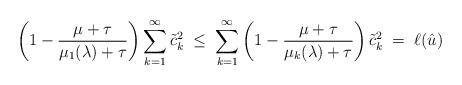
LaTeX: \begin{align*}\left( 1 - \frac{\mu+\tau}{\mu_1(\lambda) + \tau}\right) \sum_{k=1}^\infty \tilde{c}_k^2 \; \leq \; \sum_{k=1}^\infty \left( 1 - \frac{\mu+\tau}{ \mu_k(\lambda)+ \tau} \right) \tilde{c}_k^2 \; =\; \ell(\hat{u})\end{align*}